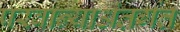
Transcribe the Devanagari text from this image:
परवान्याअंतर्गत